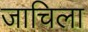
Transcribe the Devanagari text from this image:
जाचिला